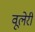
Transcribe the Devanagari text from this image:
वूलेरी